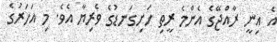
އެ އިނީ ރާއްޖޭގެ އެންމެ ރީތި ހަށިގަނޑުގެ ވެރިޔާ އެވެ. މި އަހަރުގެ